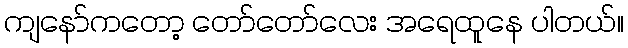
ကျနော်ကတော့ တော်တော်လေး အရေထူနေ ပါတယ်။